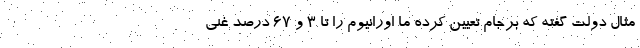
مثال دولت گفته که برجام تعیین کرده ما اورانیوم را تا ۳ و ۶۷ درصد غنی